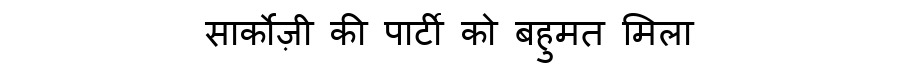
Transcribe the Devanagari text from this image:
सार्कोज़ी की पार्टी को बहुमत मिला